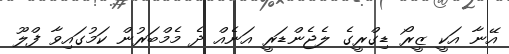
އޭނާ އަކީ ޒީރޯ ޑިގްރީގެ ލެޖެންޑަރީ އަނެއް ދެ މެމްބަރުން ކަމުގައިވާ ފްލޫ